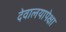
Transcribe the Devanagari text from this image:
देवालयापेक्षा